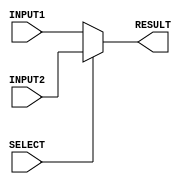
`timescale 1ns/100ps

module mux2to1_3bit(INPUT1, INPUT2, RESULT, SELECT);
    input [2:0] INPUT1, INPUT2; //declare inputs of the module
    input SELECT;               //declare inputs
    output reg [2:0] RESULT;    //declare outputs

    always @(*)
    begin
      if (SELECT == 1'b0)  //selecting according to the select signal
            RESULT = INPUT1;
      else 
            RESULT = INPUT2;
    end

endmodule